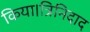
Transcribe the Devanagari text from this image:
किया।त्रिनिदाद